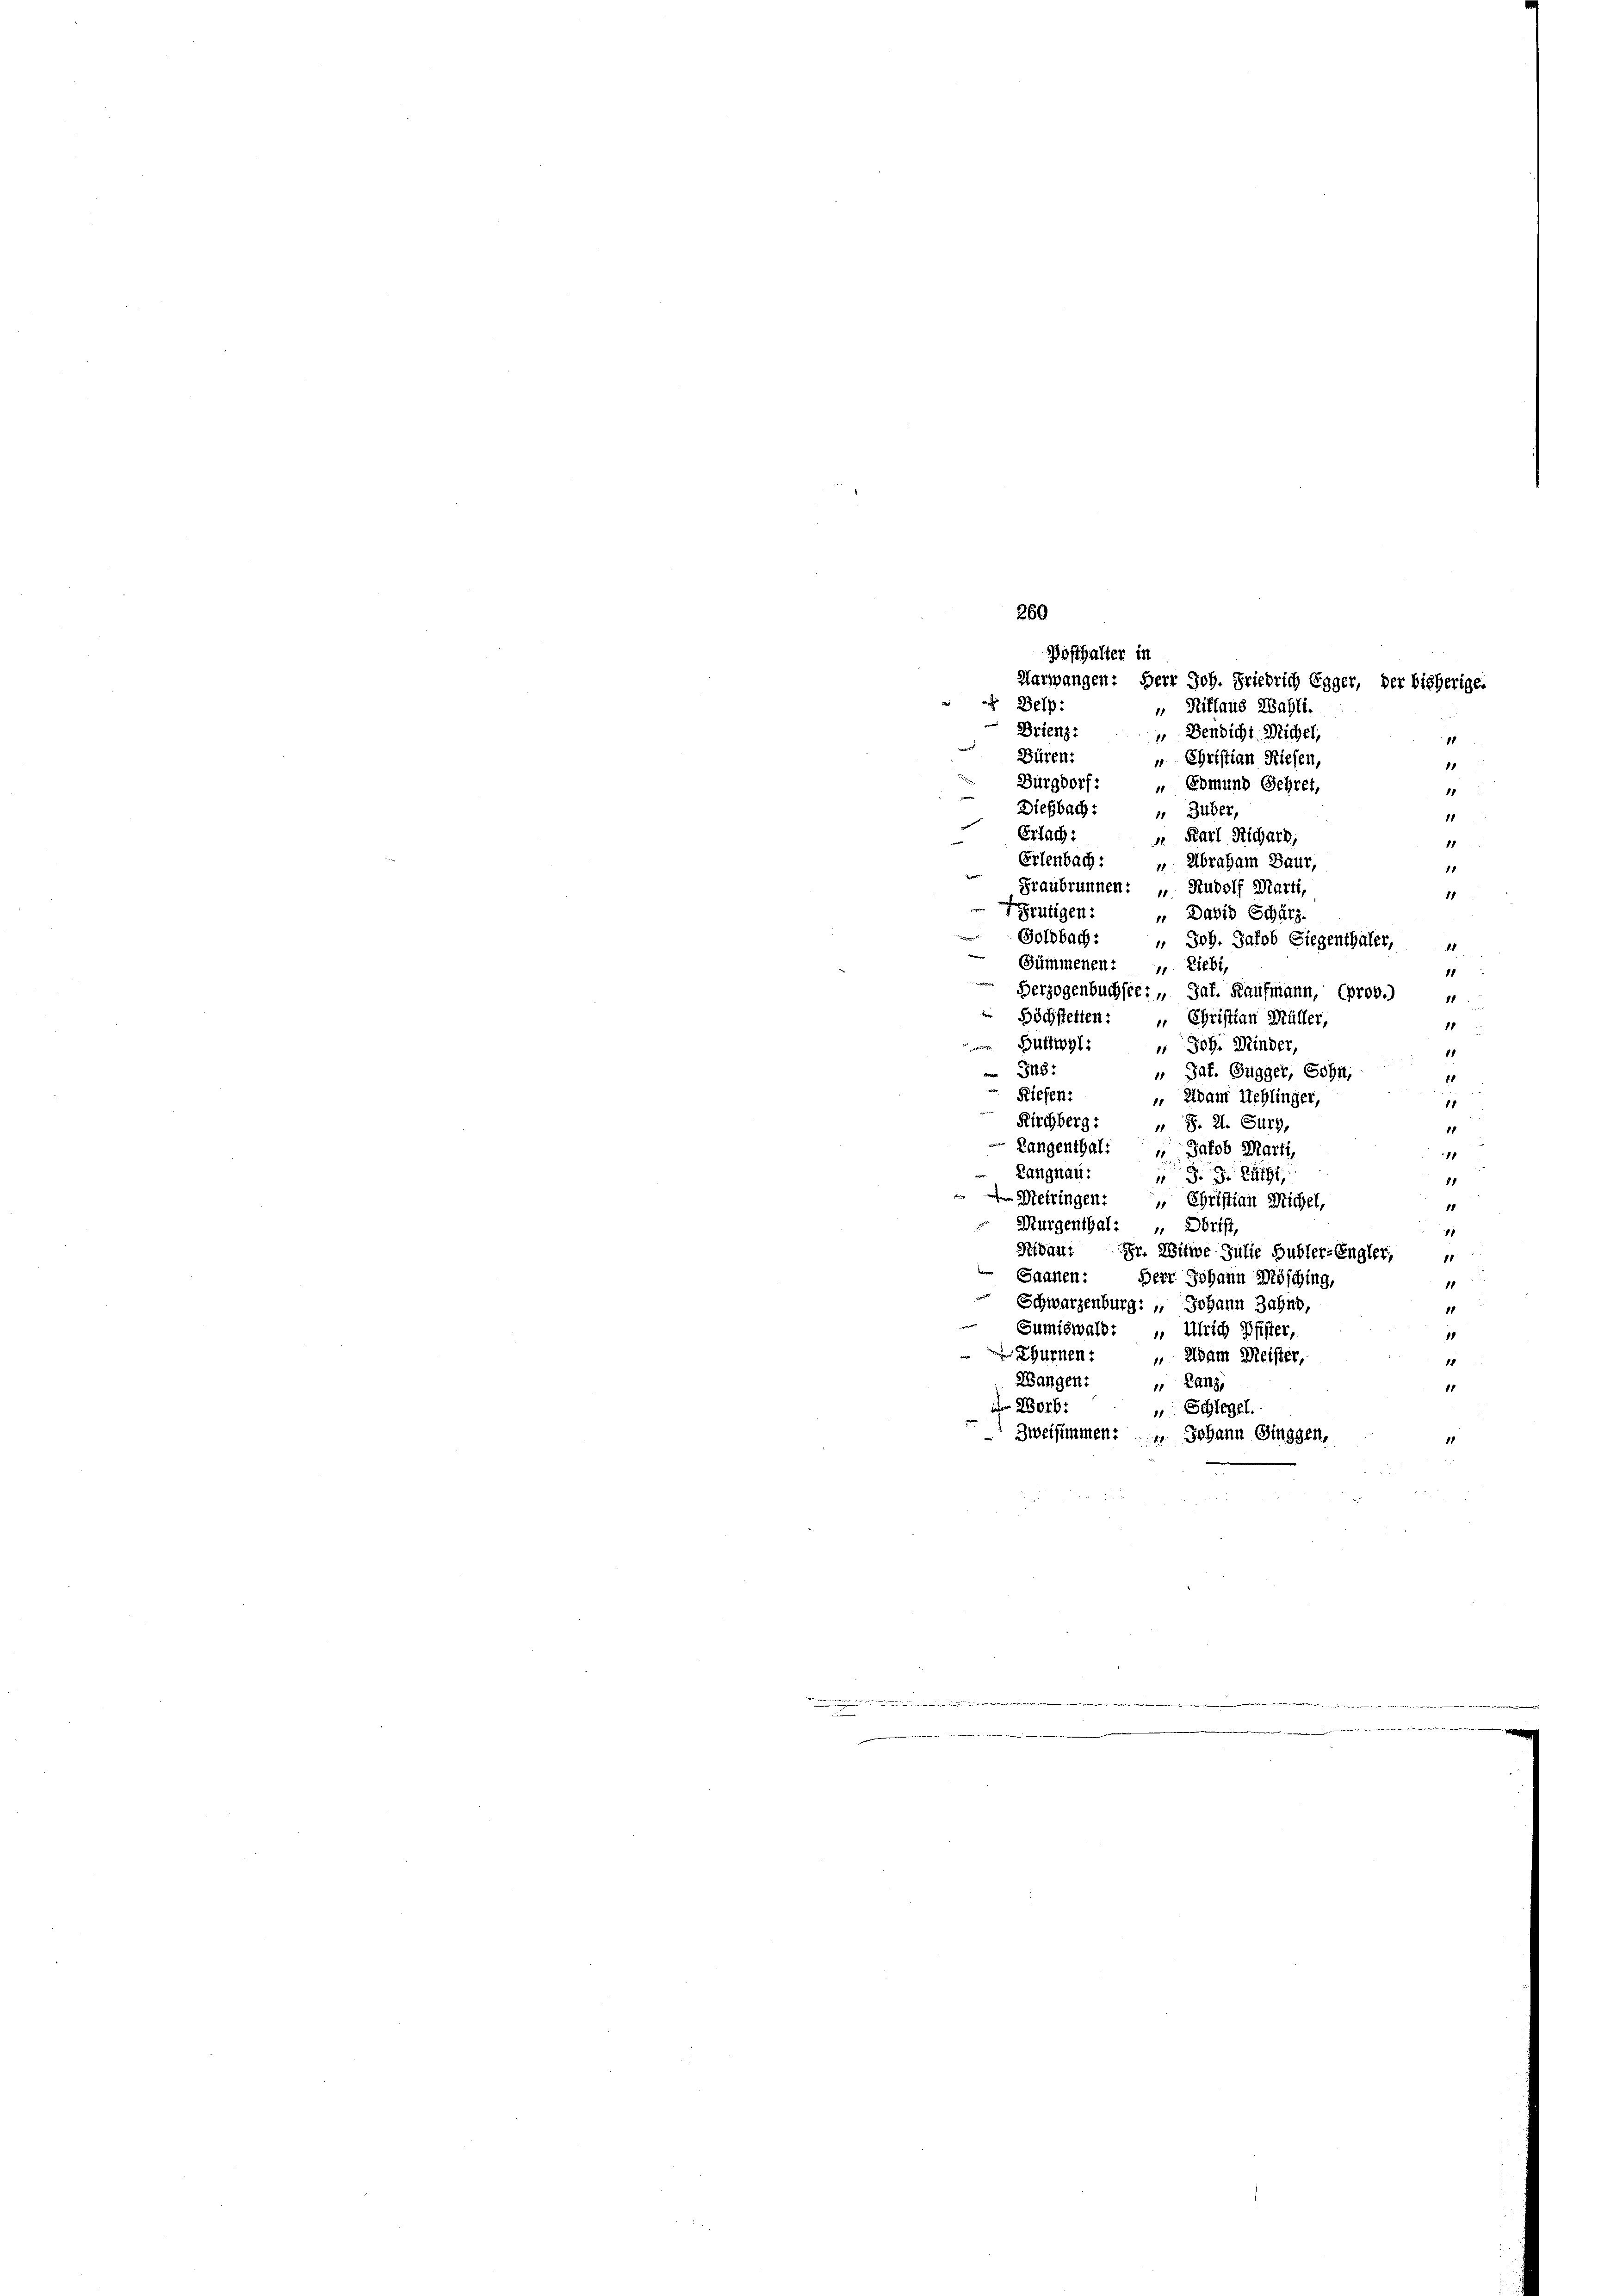
Brienz: „Bendicht Michel,
18
Büren:
„ Christian Riesen,
11
Burgdorf:
„ Edmund Gehret,
11
Diesbach:
 Zuber,
11
Erlach:
 Karl Richard,
18
Erlenbach:
 Abraham Baur,
1
Graubrunnen: „ Rudolf Marti,
1
Frutigen:
„ Dabis Schärz.
Goldbach:
 Joh. Jakob Siegenthaler,
Sümmenen: Liebt,
18
Berzogenbuchste: „ Jaf. Kaufmann, (prov.) “
Höchstetten: „ Christian Müller,
11
Büthl: " Joh. Minder,
11
„ Jat. Gugger, Sohn,
 348:
11

Riesen:
 aldam Uehlinger,
8
Kirchberg:
 §. 2. Furg,
1
Langenthal: " Jakob Marti,
18
Langnau:
 J. J. R.
88
Meiringen: „ Christian Michel,
18
Murgenthal: " Obrist,
1
Nidau: Fr. Witwe Julie Gubler-Engler,
g
 Saanen:
Herr Johann Mösching,
1
g
Schwarzenburg: „ Johann Jahns,
11
Sumiswald: „ Ulrich Pfister,
1
ürnen
 Adam Meister,
18
Wangen:
" Lanz,
11
28076:
 Schlegel.
Zweisimmen: " Johann Ginggen,

260
Bösthalter in
Aarwangen: Herr Joh. Friedrich Egger, der bisherige
 Delp
Riflaus Zahlt.

t
.